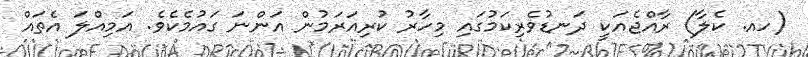
(ހއ. ކެލާ) ރާއްޖެއަކީ ދަނޑުވެރިކަމުގައި މިހާރު ކުރިއަރަމުން އަންނަ ގައުމެކެވެ. އަމިއްލަ އެތައް